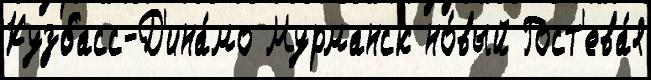
Кузбасс-Д'ина́мо Мурманск но́вый Гост'ева́я